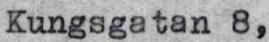
Kungsgatan 8,